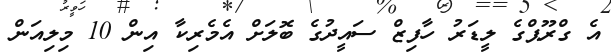
އެ ގްރޫޕްގެ ލީޑަރު ހާފިޒް ސައީދުގެ ބޮލަށް އެމެރިކާ އިން 10 މިލިއަން